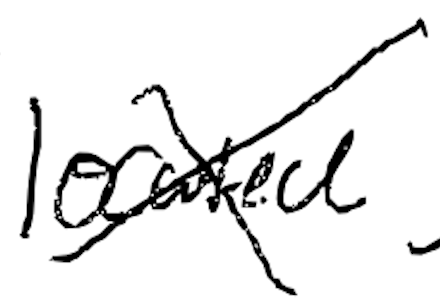
Text: located
Cross-out: cross
Writing tool: digital_black